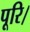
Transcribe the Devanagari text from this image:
पूरि।